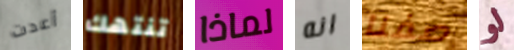
أعدت تنتهك لماذا انه صفنا لو